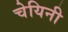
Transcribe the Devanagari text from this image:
चेयिनी